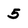
Character: 5